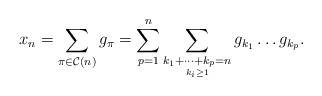
LaTeX: \begin{align*}x_{n}=\sum_{\pi\in\mathcal{C}\left(n\right)}g_{\pi}=\sum_{p=1}^n\sum_{\underset{k_{i}\ge1}{k_{1}+\dots+k_{p}=n}}g_{k_{1}}\dots g_{k_{p}}.\end{align*}